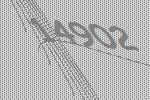
14902